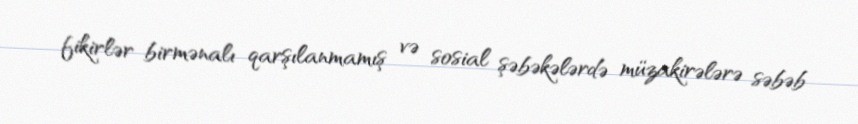
fikirlər birmənalı qarşılanmamış və sosial şəbəkələrdə müzakirələrə səbəb